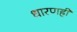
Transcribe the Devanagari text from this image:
धारणही